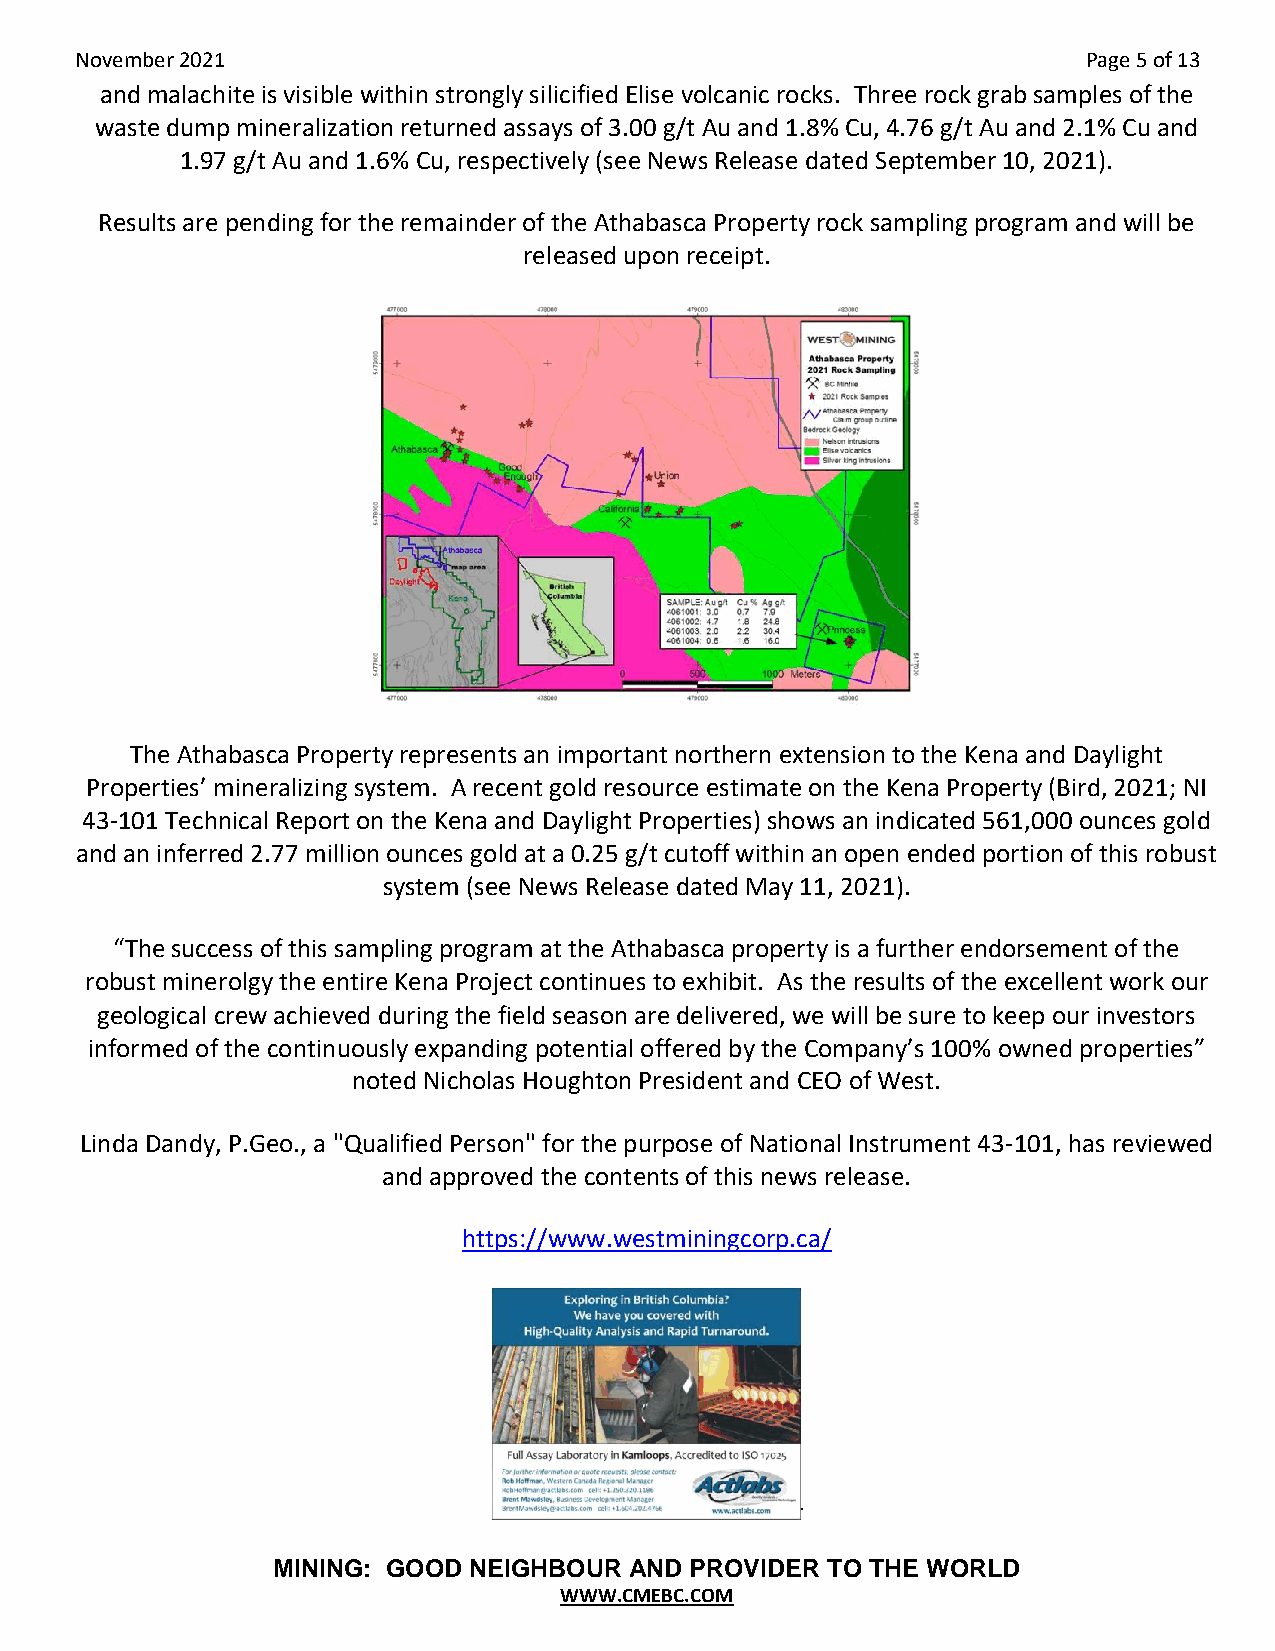
November 2021                                                      Page 5 of 13
 and malachite is visible within strongly silicified Elise volcanic rocks. Three rock grab samples of the
 waste dump mineralization returned assays of 3.00 g/t Au and 1.8% Cu, 4.76 g/t Au and 2.1% Cu and
 1.97 g/t Au and 1.6% Cu, respectively (see News Release dated September 10, 2021).
 Results are pending for the remainder of the Athabasca Property rock sampling program and will be
 released upon receipt.
 The Athabasca Property represents an important northern extension to the Kena and Daylight
 Properties’ mineralizing system. A recent gold resource estimate on the Kena Property (Bird, 2021; NI
 43-101 Technical Report on the Kena and Daylight Properties) shows an indicated 561,000 ounces gold
 and an inferred 2.77 million ounces gold at a 0.25 g/t cutoff within an open ended portion of this robust
 system (see News Release dated May 11, 2021).
 “The success of this sampling program at the Athabasca property is a further endorsement of the
 robust minerolgy the entire Kena Project continues to exhibit. As the results of the excellent work our
 geological crew achieved during the field season are delivered, we will be sure to keep our investors
 informed of the continuously expanding potential offered by the Company’s 100% owned properties”
 noted Nicholas Houghton President and CEO of West.
 Linda Dandy, P.Geo., a "Qualified Person" for the purpose of National Instrument 43-101, has reviewed
 and approved the contents of this news release.
 https://www.westminingcorp.ca/
 -
 MINING: GOOD NEIGHBOUR  AND PROVIDER TO THE WORLD
 WWW.CMEBC.COM